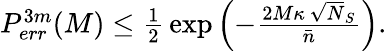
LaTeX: \begin{array}{r}{P_{err}^{3m}(M)\leq\frac{1}{2}\, \exp\left(-\frac{2M\kappa\, \sqrt{N}_{S}}{\bar{n}}\right).}\end{array}